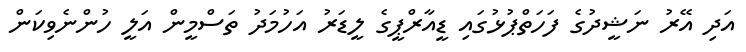
އަދި އޭރު ނަޝީދުގެ ފަހަތްޕުޅުގައި ޑީއާރްޕީގެ ލީޑަރު އަހުމަދު ތަސްމީން އަލީ ހުންނެވިކަން